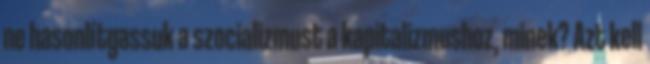
ne hasonlítgassuk a szocializmust a kapitalizmushoz, minek? Azt kell